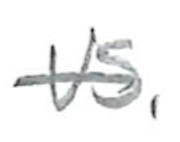
Text: vs.
Cross-out: single-line
Writing tool: pencil